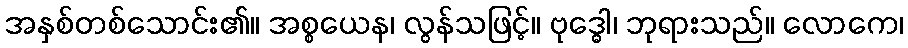
အနှစ်တစ်သောင်း၏။ အစ္စယေန၊ လွန်သဖြင့်။ ဗုဒ္ဓေါ၊ ဘုရားသည်။ လောကေ၊